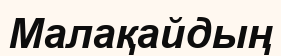
Малақайдың